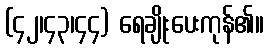
(၄၂၊၄၃၊၄၄) ရေချိုးပေးကုန်၏။